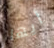
أيها